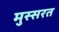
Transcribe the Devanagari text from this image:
मुस्सरत